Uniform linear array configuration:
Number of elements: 48
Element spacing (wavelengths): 0.75
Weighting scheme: exponential
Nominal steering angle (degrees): -30
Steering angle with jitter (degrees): -30.753
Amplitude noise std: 0.05
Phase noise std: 0.05

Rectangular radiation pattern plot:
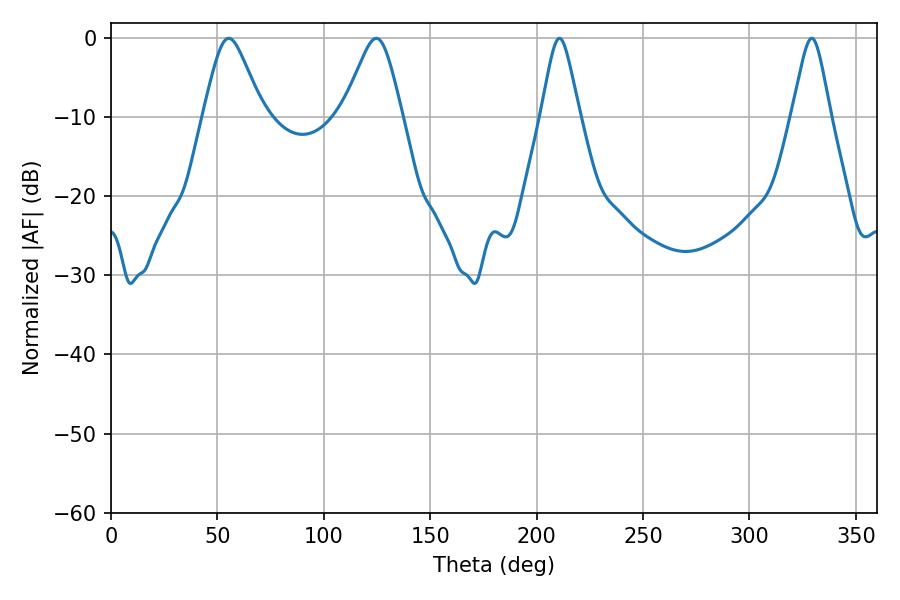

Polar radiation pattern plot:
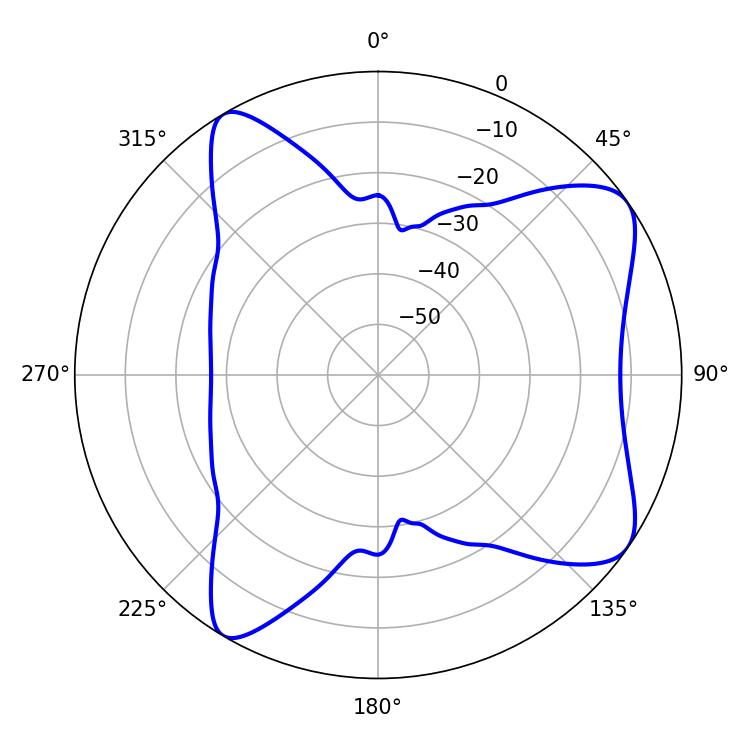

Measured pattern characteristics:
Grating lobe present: TRUE
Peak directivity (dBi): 8.144
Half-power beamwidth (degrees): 13.5
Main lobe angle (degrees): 55.26